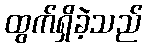
ထွက်ရှိခဲ့သည်